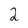
Character: 2